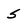
Character: S